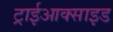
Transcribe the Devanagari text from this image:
ट्राईआक्साइड